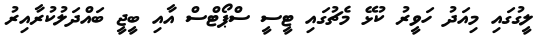
ލީގުގައި މިއަދު ހަވީރު ކުޅޭ މެޗުގައި ޓީސީ ސްޕޯޓްސް އާއި ބީޖީ ބައްދަލުކުރާއިިރު